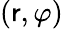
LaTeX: (\mathsf{r},\varphi)